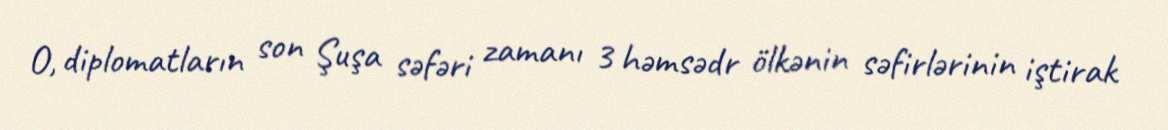
O, diplomatların son Şuşa səfəri zamanı 3 həmsədr ölkənin səfirlərinin iştirak